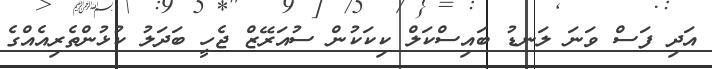
އަދި ފަސް ވަނަ ލަނޑު ބައިސްކަލް ކިކަކުން ސުއަރޭޒް ޖެހީ ބަދަލު ކުޅުންތެރިއެއްގެ